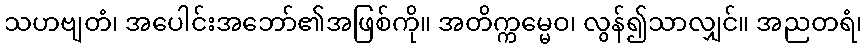
သဟဗျတံ၊ အပေါင်းအဘော်၏အဖြစ်ကို။ အတိက္ကမ္မေဝ၊ လွန်၍သာလျှင်။ အညတရံ၊